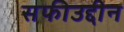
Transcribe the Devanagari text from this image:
सफीउद्दीन